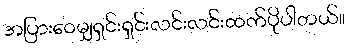
အပြားဝေမျှရှင်းရှင်းလင်းလင်းထက်ပိုပါတယ်။